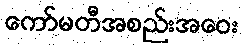
ကော်မတီအစည်းအဝေး